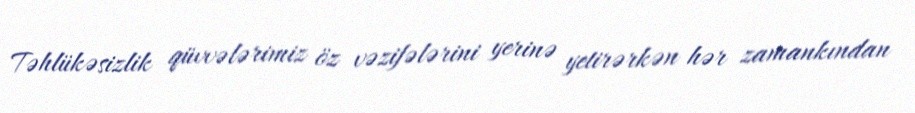
Təhlükəsizlik qüvvələrimiz öz vəzifələrini yerinə yetirərkən hər zamankından